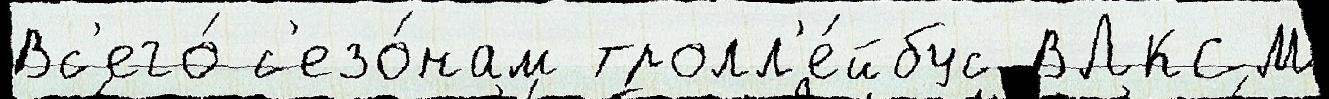
Вс'его́ с'езо́нам тролл'е́йбус ВЛКСМ